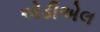
એડીએલ